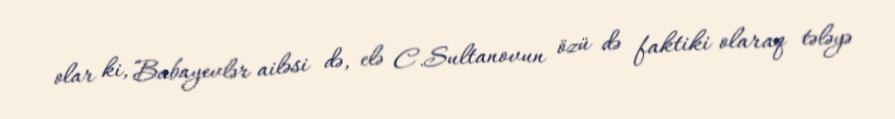
olar ki, Babayevlər ailəsi də, elə C.Sultanovun özü də faktiki olaraq tələyə